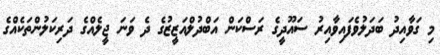
މި ގަވާއިދު ބަދަލުވެފައިވާއިރު ސައޫދީގެ ރަސްކަން އަބްދުލްއަޒީޒުގެ ދެ ވަނަ ޖީލެއްގެ ދަރިކަލުންތަކެއްގެ